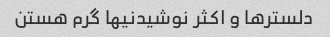
دلسترها و اکثر نوشیدنیها گرم هستن